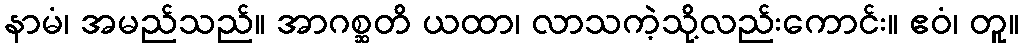
နာမံ၊ အမည်သည်။ အာဂစ္ဆတိ ယထာ၊ လာသကဲ့သို့လည်းကောင်း။ ဧဝံ၊ တူ။